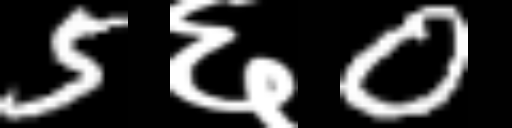
Text: 5६0